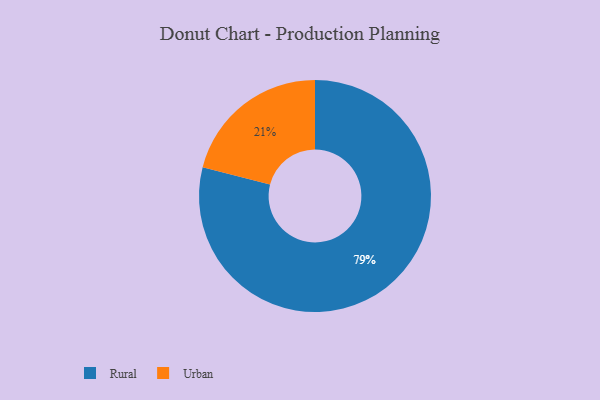
{"axis": {"x": "Category", "y": "Percentage"}, "legend": ["Rural", "Urban"], "data": [{"x": "Urban", "y": 21, "type": "Urban"}, {"x": "Rural", "y": 79, "type": "Rural"}]}